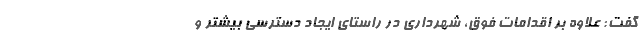
گفت: علاوه بر اقدامات فوق، شهرداری در راستای ایجاد دسترسی بیشتر و